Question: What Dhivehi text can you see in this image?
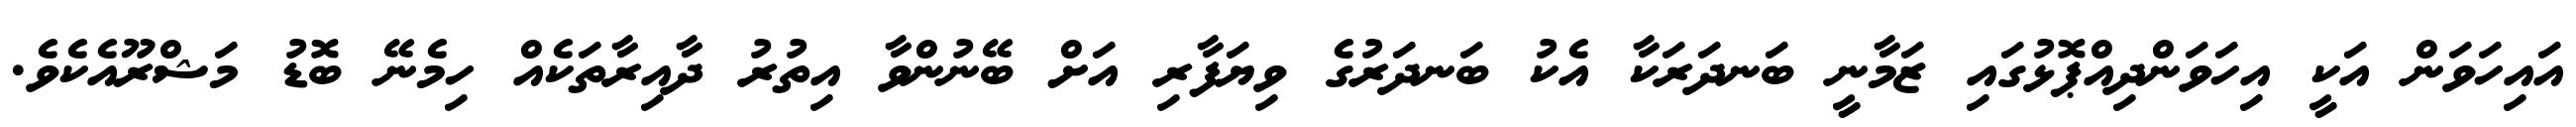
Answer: އައިހަވަން އަކީ އިހަވަންދިއްޕޮޅުގައި ޒަމާނީ ބަނދަރަކާ އެކު ބަނދަރުގެ ވިޔަފާރި އަށް ބޭނުންވާ އިތުރު ދާއިރާތަކެއް ހިމެނޭ ބޮޑު މަޝްރޫއެކެވެ.